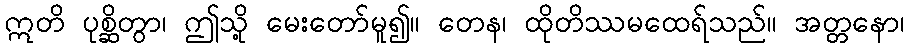
ဣတိ ပုစ္ဆိတွာ၊ ဤသို့ မေးတော်မူ၍။ တေန၊ ထိုတိဿမထေရ်သည်။ အတ္တနော၊